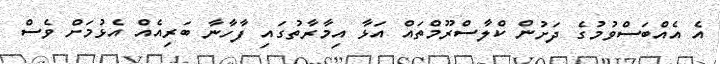
އެ އެއްބަސްވުމުގެ ދަށުން ކްލާސްރޫމްތައް އަޅާ އިމާރާތުގައި ފާހާނާ ބަރިއެއް އެޅުމަށް ވެސް